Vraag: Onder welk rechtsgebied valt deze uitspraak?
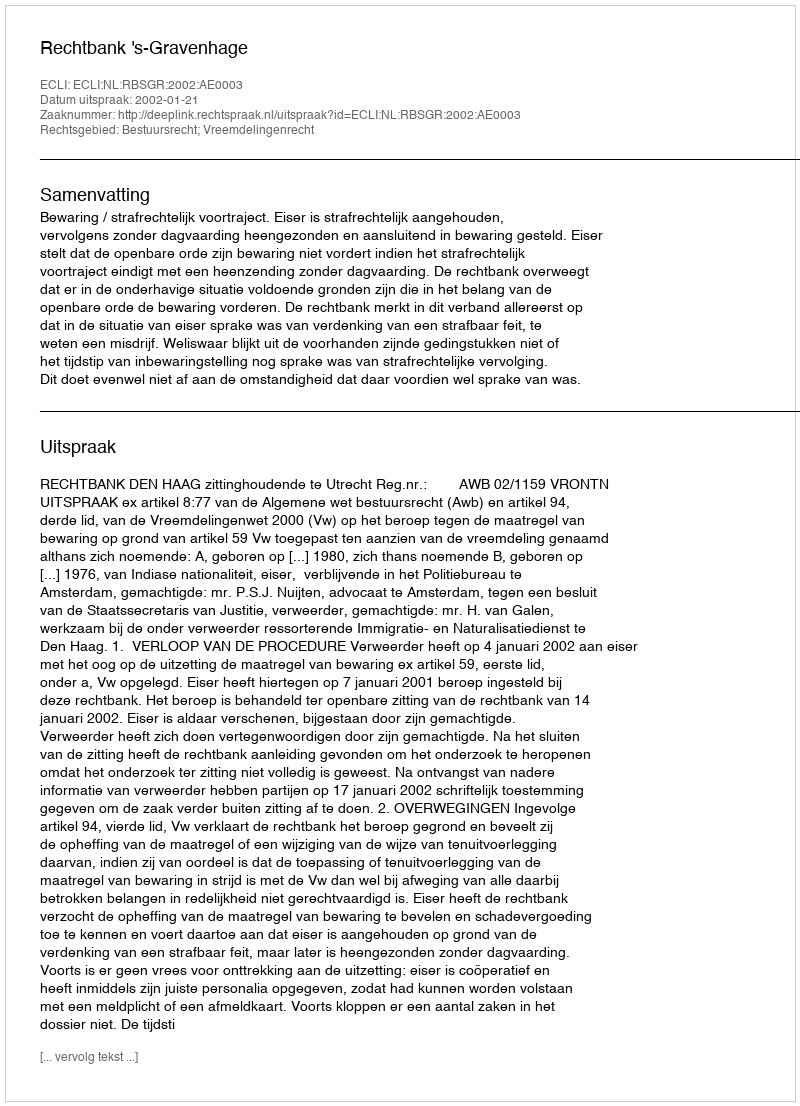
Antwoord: Bestuursrecht; Vreemdelingenrecht